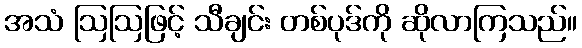
အသံ ဩဩဖြင့် သီချင်း တစ်ပုဒ်ကို ဆိုလာကြသည်။